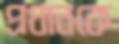
প্রধানকে